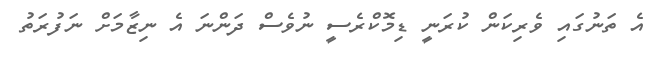
އެ ތަނުގައި ވެރިކަން ކުރަނީ ޑިމޮކްރެސީ ނުވެސް ދަންނަ އެ ނިޒާމަށް ނަފުރަތު